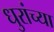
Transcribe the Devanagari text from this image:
धुरांच्या